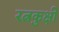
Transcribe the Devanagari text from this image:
रत्नकुक्षी